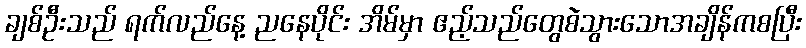
ချစ်ဦးသည် ရက်လည်နေ့ ညနေပိုင်း အိမ်မှာ ဧည့်သည်တွေစဲသွားသောအချိန်ကစပြီး